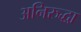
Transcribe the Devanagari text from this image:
अनिरुद्धा